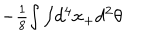
LaTeX: - \textstyle { \frac { 1 } { 8 } } { \int \int } d ^ { 4 } x _ { + } d ^ { 2 } \theta ~